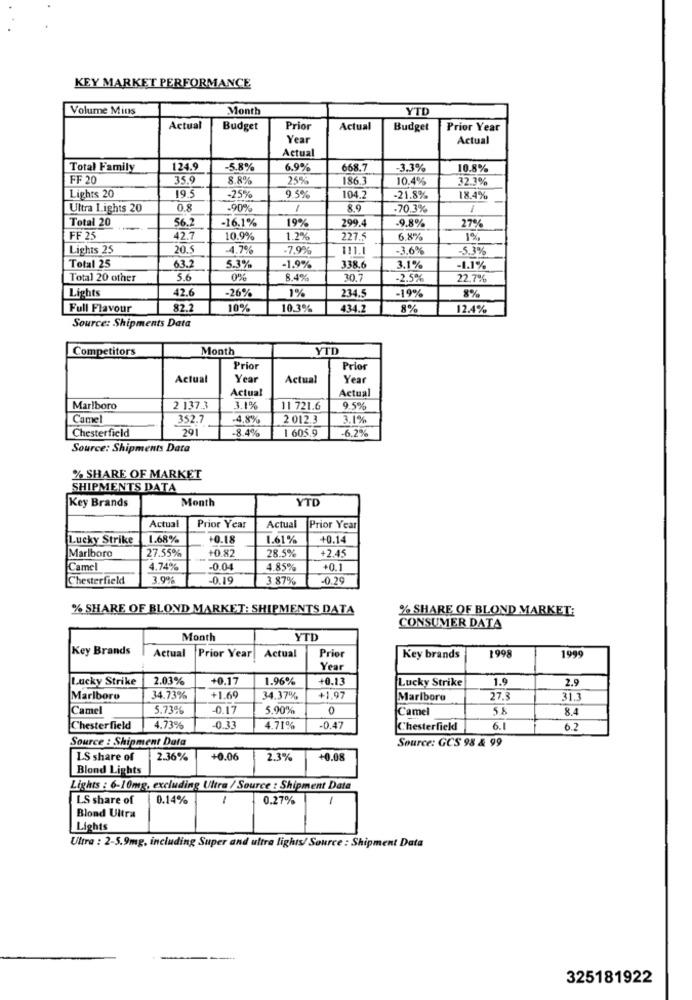
KEY MARKET PERFORMANCE
Volume Mins
Month
YTD
Actual
Budget
Prior
Actual
Budget
Prior Year
Year
Actual
Actual
Total Family
124.9
-5.8%
6.9%
668.7
-3.3%
10.8%
FF 20
35.9
8.8%
25%
186.3
10.4%
32.3%
19.5
Lights 20
-25%
9.5%
104.2
-21.8%
18.4%
Ultra Lights 20
0.8
-90%
8.9
-70.3%
1
Total 20
56.2
-16.1%
19%
299.4
.9.8%
27%
FF 25
42.7
10.9%
1.2%
227.5
6.8%
1%
Lights 25
20.
-4.7%
-7.9%
111.1
-3.6%
-5.3%
Total 25
63.7
5.3%
-1.9%
338.6
.3.1%
-1.1%
Total 20 other
5.6
0%
8.4%
30.7
-2.5%
22,7%
42.6
-26%
1%
234.5
8%
Lights
-19%
Full Flavour
82.
10%
10.3%
434.2
8%
12.4%
Source: Shipments Data
Competitors
Month
YTD
Prior
Prior
Actual
Year
Actual
Year
Actual
Actual
Marlboro
2 137.3
3.1%
11 721.6
9.5%
Camel
352.7
.4.8%
2 012.3
3.1%
Chesterfield
291
-8.4%
-6.2%
1 605.9
Source: Shipments Data
% SHARE OF MARKET
SHIPMENTS DATA
Key Brands
Month
YTO
Actual
Prior Year
Actual
Prior Year
Lucky Strike
1.68%
+0.18
1.61%
+0.14
Marlboro
27.55%
28.5%
+2.45
+0.82
Camel
4.74%
-0.04
4.85%
+0.1
Chesterfield
3.9%
-0.19
3.87%
-0.29
% SHARE OF BLOND MARKET: SHIPMENTS DATA
% SHARE OF BLOND MARKET:
CONSUMER DATA
Month
YTD
Key Brands
Actual
Prior Year
Actual
Prior
Key brands
1998
1995
Year
Lucky Strike
2.03%
+0.17
1.96%
+0.13
Lucky Strike
1.9
2.9
Marlboro
34.73%
+1.69
34.37%
+1.97
Marlboro
27.3
31.3
Camel
5.73%
-0.17
5.90%
0
Camel
8.4
Chesterfield
4.73%
0.33
4.71%
0.47
Chesterfield
6.1
6.2
Source : Shipment Data
Source: GCS 98 & 99
LS share of
2.36%
+0.06
2.3%
+0.08
Blond Lights
Lights : 6-10mg, excluding Ultra / Source : Shipment Data
LS share of
0.14%
-
0.27%
Blond Ultra
Lights
Ultra : 2-5.9mg, including Super and ultra lights/ Source : Shipment Data
325181922